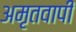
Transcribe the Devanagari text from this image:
अमृतवापी